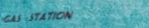
Gas Station